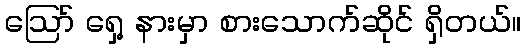
ဩော် ရှေ့ နားမှာ စားသောက်ဆိုင် ရှိတယ်။